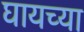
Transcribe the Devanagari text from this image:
घायच्या